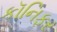
કૉનિફર